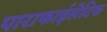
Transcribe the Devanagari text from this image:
पाराफाईलेटिक